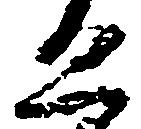
恐